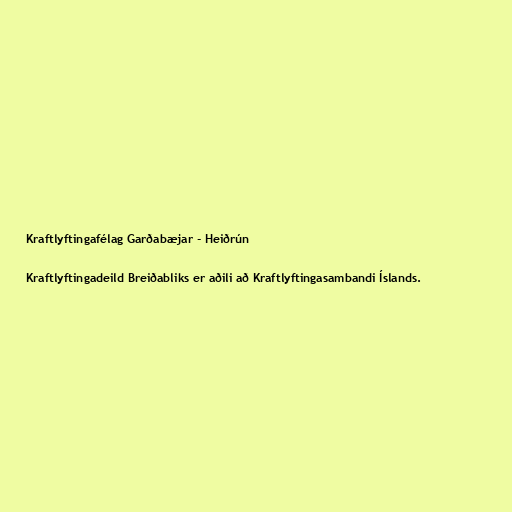
Kraftlyftingafélag Garðabæjar - Heiðrún

Kraftlyftingadeild Breiðabliks er aðili að Kraftlyftingasambandi Íslands.